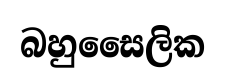
බහුසෛලික